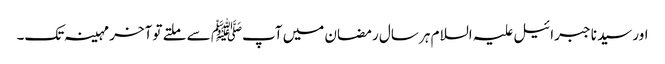
اور سیدنا جبرائیل علیہ السلام ہر سال رمضان میں آپﷺ سے ملتے تو آخر مہینہ تک۔